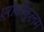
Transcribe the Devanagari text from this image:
एरावीकुलम